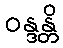
ဝန္ဒန္တိ